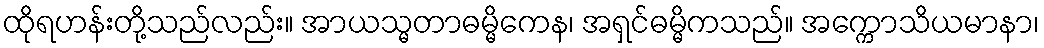
ထိုရဟန်းတို့သည်လည်း။ အာယသ္မတာဓမ္မိကေန၊ အရှင်ဓမ္မိကသည်။ အက္ကောသိယမာနာ၊